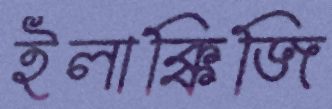
ইলাক্কিজি